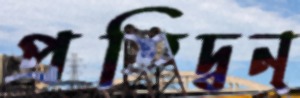
প্রতিদ্বন্